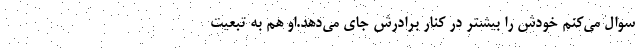
سوال می‌کنم خودش را بیشتر در کنار برادرش جای می‌دهد.او هم به تبعیت